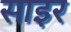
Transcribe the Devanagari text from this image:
साइर